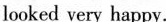
looked very happy.